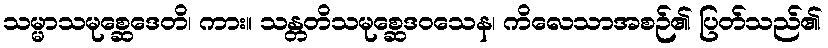
သမ္မာသမုစ္ဆေဒေတိ၊ ကား။ သန္တတိသမုစ္ဆေဒဝသေန၊ ကိလေသာအစဉ်၏ ပြတ်သည်၏